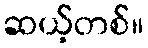
ဆယ့်တစ်။